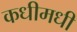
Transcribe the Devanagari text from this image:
कधीमधी